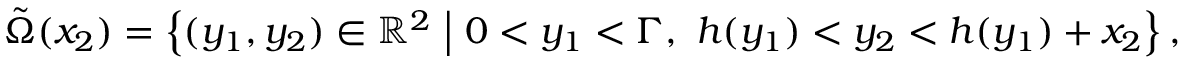
\tilde { \Omega } ( x _ { 2 } ) = \left\lbrace ( y _ { 1 } , y _ { 2 } ) \in \mathbb { R } ^ { 2 } \ \middle \vert \ 0 < y _ { 1 } < \Gamma , \ h ( y _ { 1 } ) < y _ { 2 } < h ( y _ { 1 } ) + x _ { 2 } \right\rbrace ,